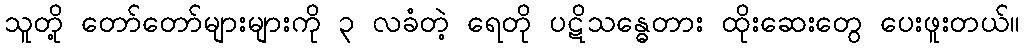
သူတို့ တော်တော်များများကို ၃ လခံတဲ့ ရေတို ပဋိသန္ဓေတား ထိုးဆေးတွေ ပေးဖူးတယ်။